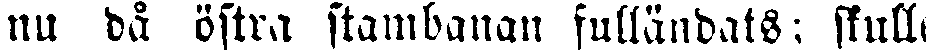
nu då östra stambanan fulländats; skulle